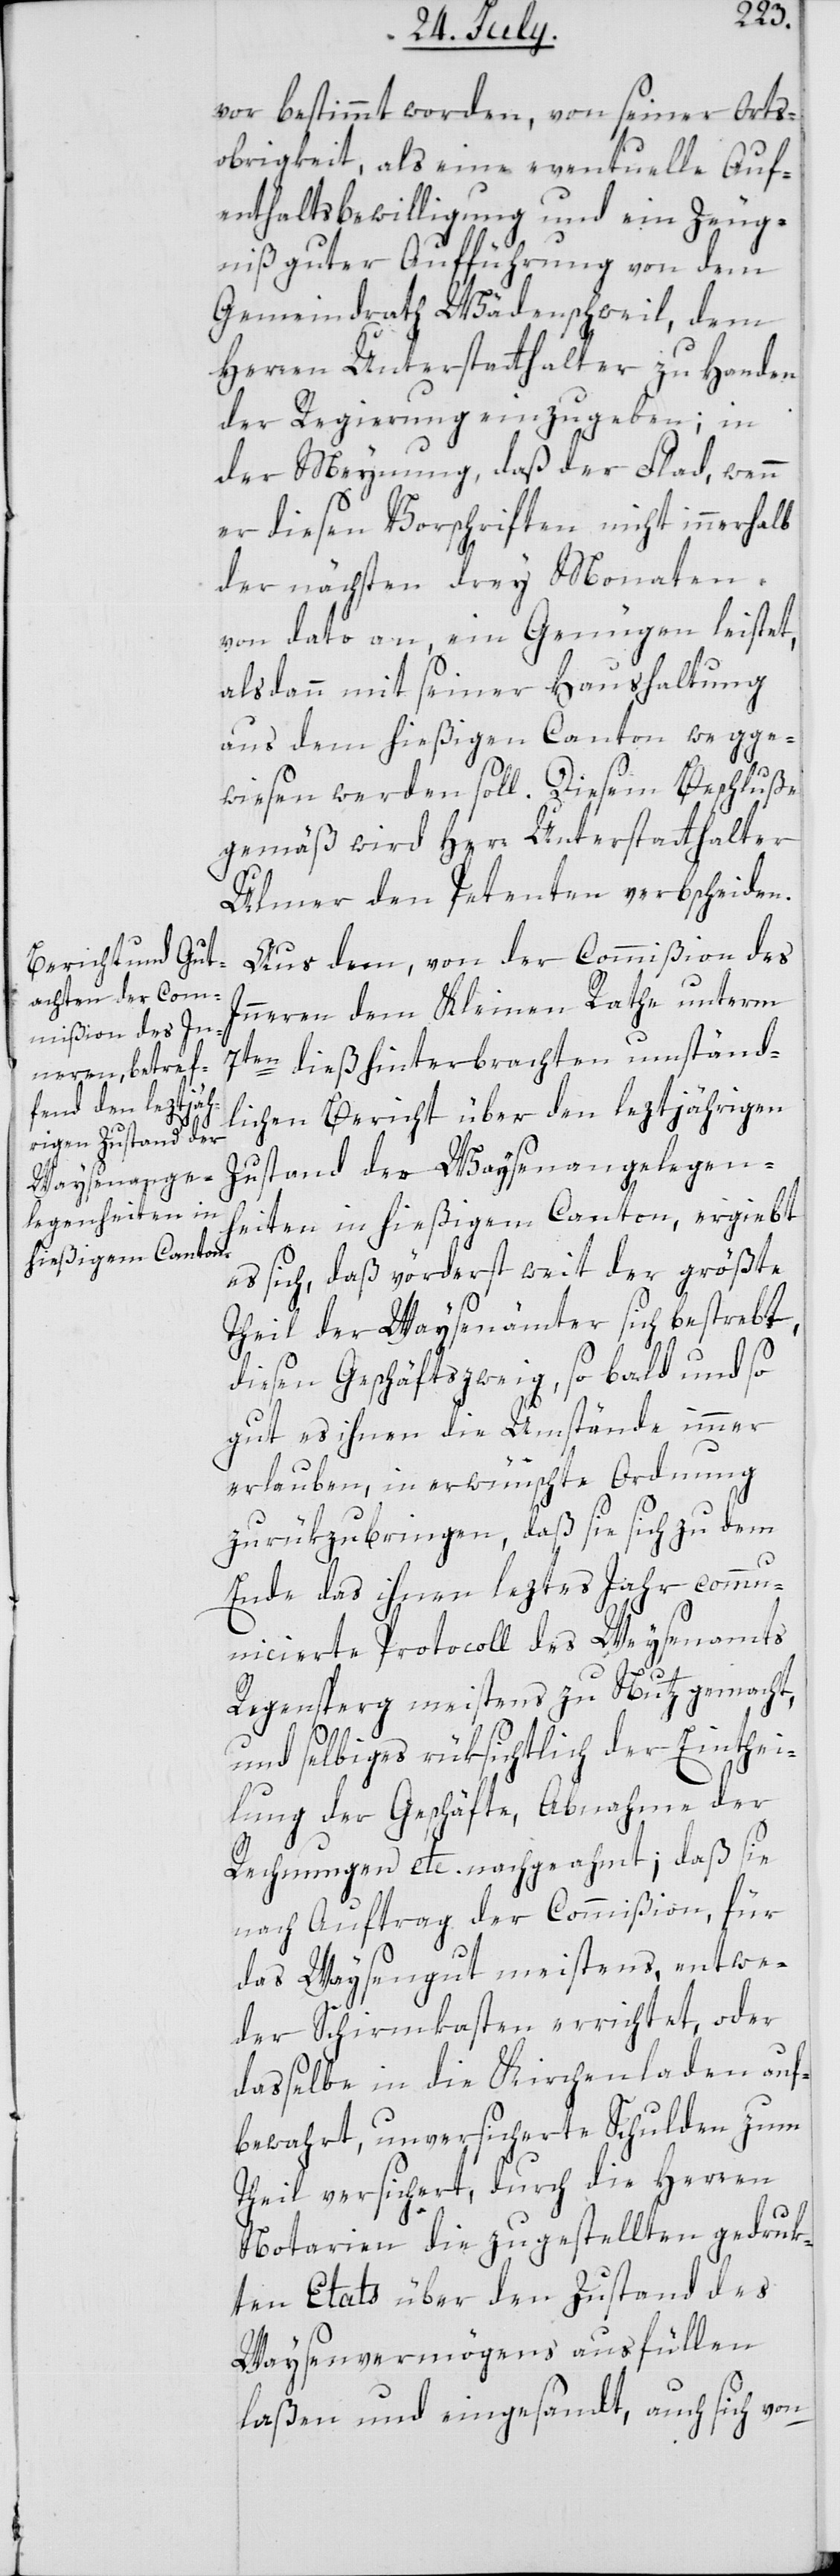
vor bestimmt worden, von seiner Orts¬
obrigkeit, als eine eventuelle Auf¬
enthaltsbewilligung und ein Zeug¬
niß guter Aufführung von dem
Gemeindrath Wädenschweil, dem
Herren Unterstatthalter zu Handen
der Regierung einzugeben; in
der Meynung, daß der Flad, wenn
er diesen Vorschriften nicht innerhalb
der nächsten drey Monaten
von dato an, ein Genügen leistet,
alsdann mit seiner Haushaltung
aus dem hießigen Canton wegge¬
wiesen werden soll. Diesem Beschluße
gemäß wird Herr Unterstatthalter
Ulmer den Petenten verbscheiden.
Aus dem, von der Commißion des
Innern dem Kleinen Rathe unterm
7ten dieß hinterbrachten umständ¬
lichen Bericht über den leztjährigen
Zustand der Waysenangelegen¬
heiten in hießigem Canton, ergiebt
es sich, daß vörderst weit der größte
Theil der Waysenämter sich bestrebt,
diesen Geschäftszweig, so bald und so
gut es ihnen die Umstände
erlauben, in erwünschte Ordnung
zurükzubringen, daß sie sich zu dem
Ende des ihnen lezten Jahr comm¬
unicierte Protocoll des Waysenamts
Regensperg meistens zu Nutz gemacht,
und selbiges rüksichtlich der Einthei¬
lung der Geschäfte, Abnahme der
Rechnungen etc. nachgeahmt; daß sie
nach Auftrag der Commißion, für
das Waysengut meistens entwe¬
der Schirmkasten errichtet, oder
daßelbe in die Kirchenladen auf¬
bewahrt, unversicherte Schulden zum
Theil versichert, durch die Herren
Notarien die zugestellten gedruk¬
ten Etats über den Zustand des
Waysenvermögens ausfüllen
laßen und eingesandt, auch sich von